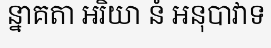
ន្នាគតា អរិយា នំ អនុបាវាទ